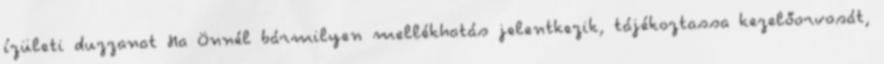
ízületi duzzanat Ha Önnél bármilyen mellékhatás jelentkezik, tájékoztassa kezelőorvosát,